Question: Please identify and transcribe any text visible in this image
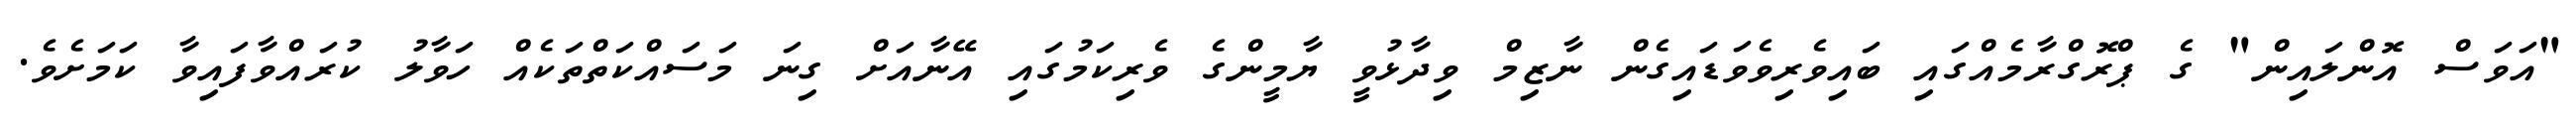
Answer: "އަވަސް އޮންލައިން" ގެ ޕްރޮގްރާމެއްގައި ބައިވެރިވެވަޑައިގެން ނާޒިމް ވިދާޅުވީ ޔާމީންގެ ވެރިކަމުގައި އޭނާއަށް ގިނަ މަސައްކަތްތަކެއް ހަވާލު ކުރައްވާފައިވާ ކަމަށެވެ.